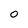
Character: O